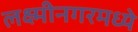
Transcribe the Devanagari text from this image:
लक्ष्मीनगरमध्ये